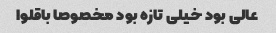
عالی بود خیلی تازه بود مخصوصا باقلوا